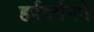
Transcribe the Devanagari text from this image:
हर्षवर्मनने